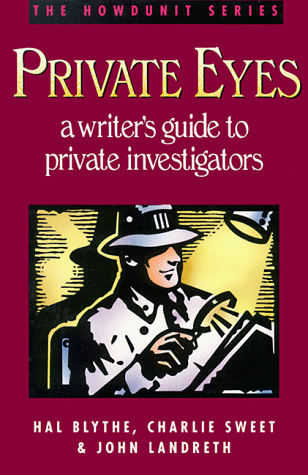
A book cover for Private Eyes: A Writer's Guide to Private Investigating (Howdunit Writing); Hal Blythe; Mystery, Thriller & Suspense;